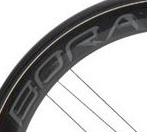
BORA